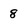
Character: 8